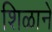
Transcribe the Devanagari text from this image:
शिळाने